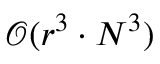
\mathcal { O } ( r ^ { 3 } \cdot N ^ { 3 } )